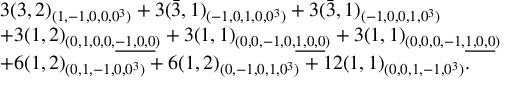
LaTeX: \begin{array} { l } { { 3 ( 3 , 2 ) _ { ( 1 , - 1 , 0 , 0 , 0 ^ { 3 } ) } + 3 ( \bar { 3 } , 1 ) _ { ( - 1 , 0 , 1 , 0 , 0 ^ { 3 } ) } + 3 ( \bar { 3 } , 1 ) _ { ( - 1 , 0 , 0 , 1 , 0 ^ { 3 } ) } } } \\ { { + 3 ( 1 , 2 ) _ { ( 0 , 1 , 0 , 0 , \underline { { { - 1 , 0 , 0 } } } ) } + 3 ( 1 , 1 ) _ { ( 0 , 0 , - 1 , 0 , \underline { { { 1 , 0 , 0 } } } ) } + 3 ( 1 , 1 ) _ { ( 0 , 0 , 0 , - 1 , \underline { { { 1 , 0 , 0 } } } ) } } } \\ { { + 6 ( 1 , 2 ) _ { ( 0 , 1 , - 1 , 0 , 0 ^ { 3 } ) } + 6 ( 1 , 2 ) _ { ( 0 , - 1 , 0 , 1 , 0 ^ { 3 } ) } + 1 2 ( 1 , 1 ) _ { ( 0 , 0 , 1 , - 1 , 0 ^ { 3 } ) } . } } \end{array}